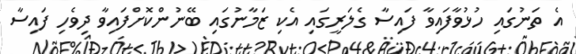
އެ ތަނުގައި ހުޅުވާފައިވާ ފައިސާ ގެލަރީގައި އެކި ޒަމާނުގައި ބޭނުންކޮށްފައިވާ ދިވެހި ފައިސާ